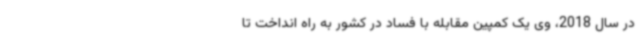
در سال 2018، وی یک کمپین مقابله با فساد در کشور به راه انداخت تا